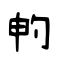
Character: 畃